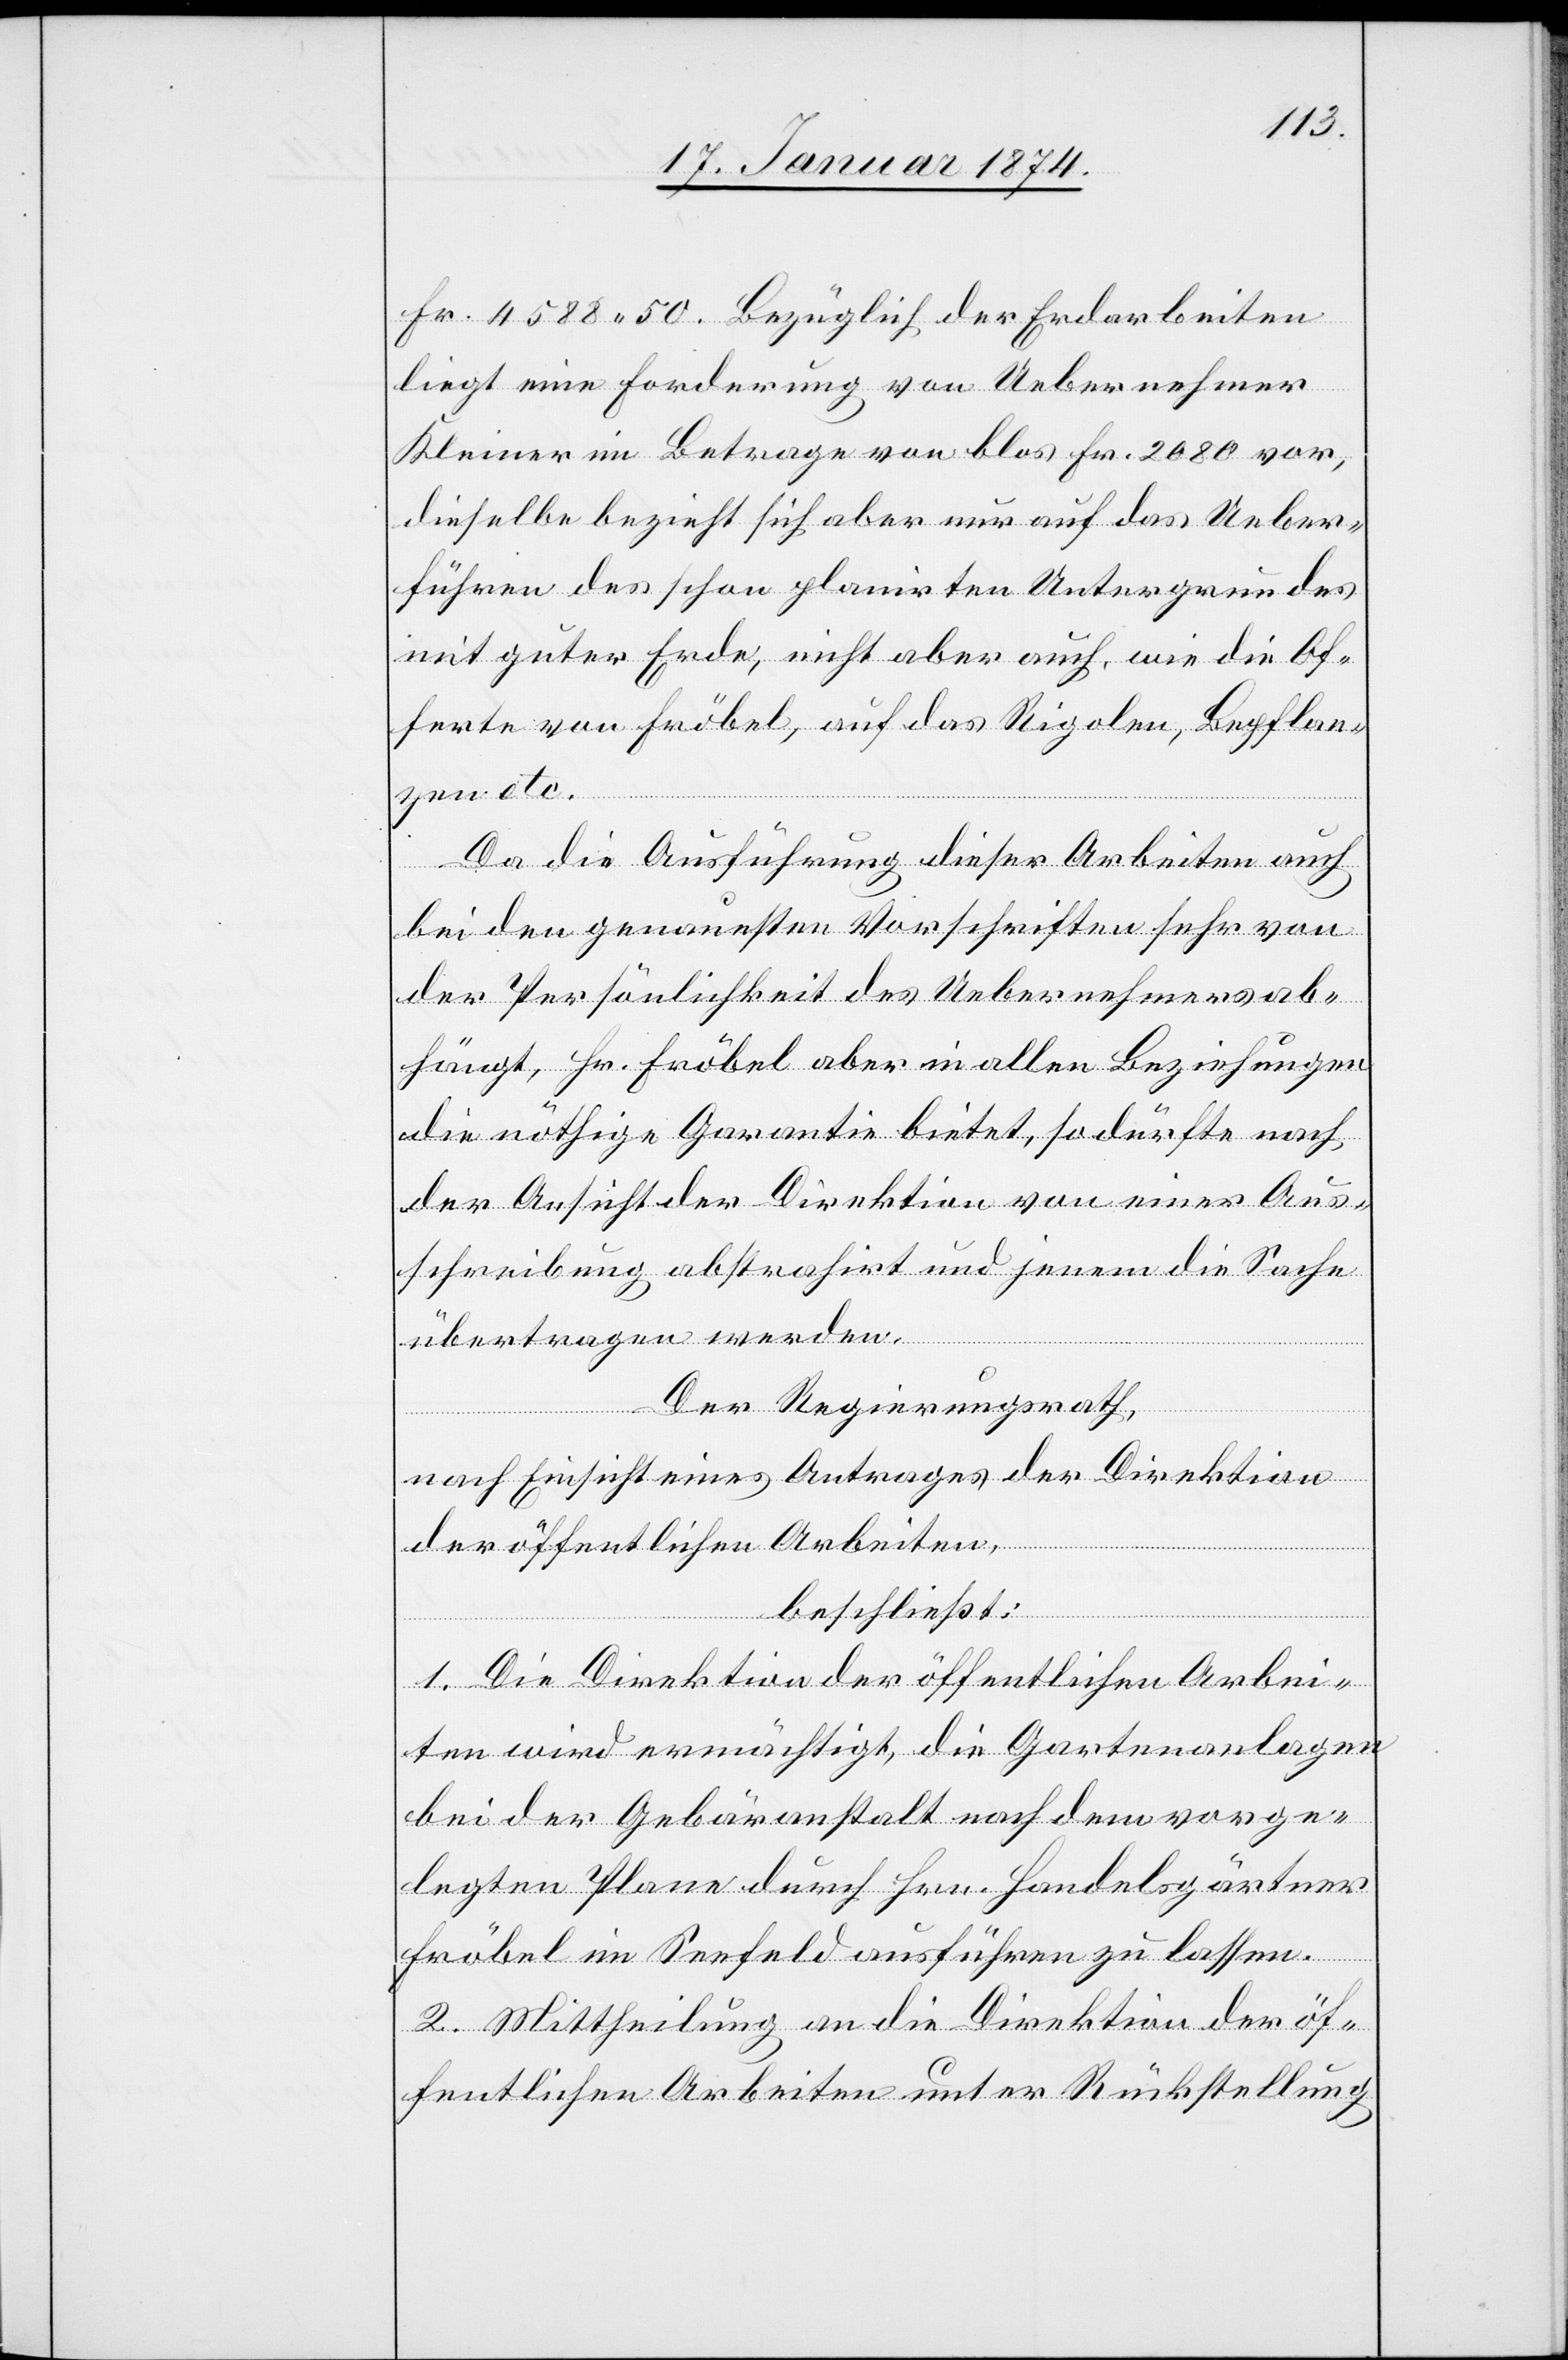
Fr. 4588.50. Bezüglich der Erdarbeiten
liegt eine Forderung von Uebernehmer
Kleiner im Betrage von blos Fr. 2080 vor,
dieselbe bezieht sich aber nur auf das Ueber¬
führen des schon planirten Untergrundes
mit guter Erde, nicht aber auch, wie die Of¬
ferte von Fröbel, auf das Rigolen, Bepflan¬
zen etc.
Da die Ausführung dieser Arbeiten auch
bei den genauesten Vorschriften sehr von
der Persönlichkeit des Uebernehmers ab¬
hängt, Hr. Fröbel aber in allen Beziehungen
die nöthige Garantie bietet, so durfte nach
der Ansicht der Direktion von einer Aus¬
schreibung abstrahirt und jenem die Sache
übertragen werden.
Der Regierungsrath,
nach Einsicht eines Antrages der Direktion
der öffentlichen Arbeiten,
beschließt:
1. Die Direktion der öffentlichen Arbei¬
ten wird ermächtigt, die Gartenanlagen
bei der Gebäranstalt nach dem vorge¬
legten Plane durch Hrn. Handelsgärtner
Fröbel im Seefeld ausführen zu lassen.
2. Mittheilung an die Direktion der öf¬
fentlichen Arbeiten unter Rückstellung